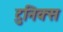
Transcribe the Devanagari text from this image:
टुनिक्स